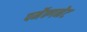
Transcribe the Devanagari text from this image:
पर्मेन्गनेट